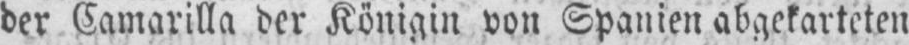
der Camarilla der Königin von Spanien abgekarteten